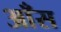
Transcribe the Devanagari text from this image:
आँस